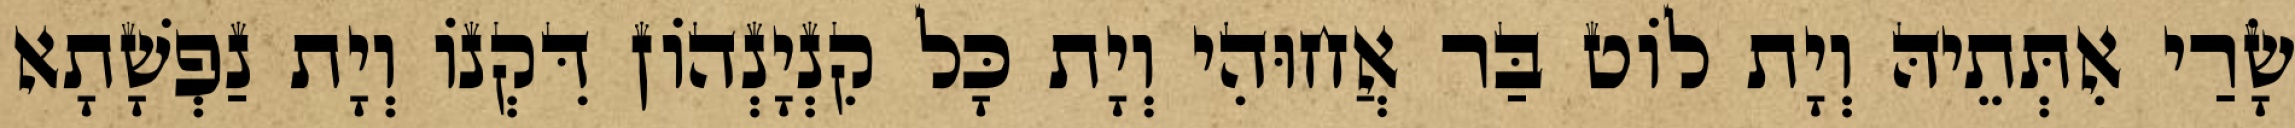
שָׂרַי אִתְּתֵיהּ וְיָת לוֹט בַּר אֲחוּהִי וְיָת כָּל קִנְיָנְהוֹן דִּקְנוֹ וְיָת נַפְשָׁתָא